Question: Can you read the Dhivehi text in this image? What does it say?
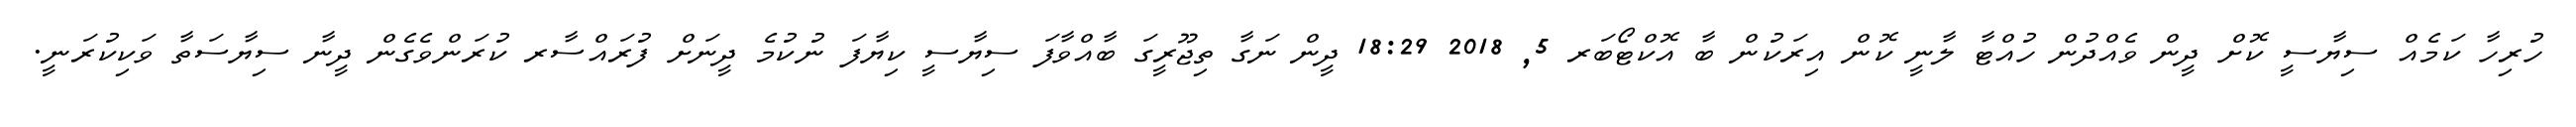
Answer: ހުރިހާ ކަމެއް ސިޔާސީ ކޮށް ދީން ވެއްދުން ހުއްޓާ ލާނީ ކޮން އިރަކުން ބާ އޮކްޓޯބަރ 5, 2018 18:29 ދީން ނަގާ ތިޖޫރީގަ ބާއްވާފަ ސިޔާސީ ކިޔާފަ ނުކުމެ ދީނަށް ފުރައްސާރ ކުރަންވެގެން ދީނާ ސިޔާސަތާ ވަކިކުރަނީ.